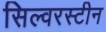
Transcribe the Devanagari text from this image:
सिल्वरस्टीन